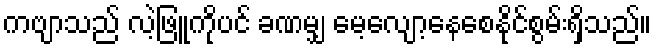
ကဗျာသည် လဲ့ဖြူကိုပင် ခဏမျှ မေ့လျော့နေစေနိုင်စွမ်းရှိသည်။